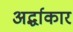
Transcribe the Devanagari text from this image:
अर्द्धाकार